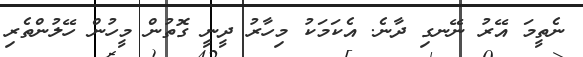
ނެތީމަ އޭރު ނޭނގި ދާނެ. އެކަމަކު މިހާރު ދީނީ ގޮތުން މީހުން ހޭލުންތެރި